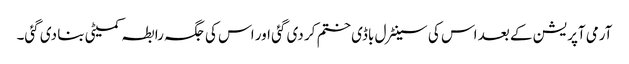
آرمی آپریشن کے بعد اس کی سینٹرل باڈی ختم کر دی گئی اور اس کی جگہ رابطہ کمیٹی بنا دی گئی۔